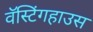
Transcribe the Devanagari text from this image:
वॅस्टिंगहाउस